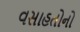
વસાહતોનો